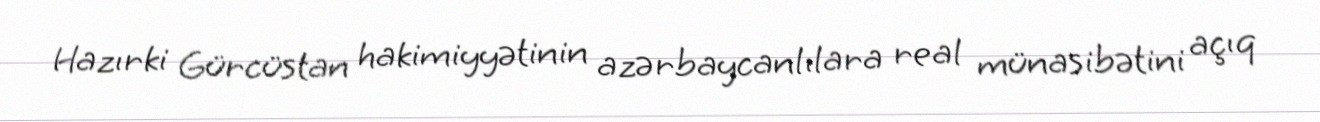
Hazırki Gürcüstan hakimiyyətinin azərbaycanlılara real münasibətini açıq